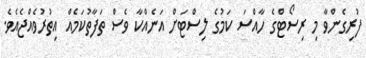
ފުރިގެންވާ މި ރިސޯޓްގެ ހާއްސަ ކަމުގެ ލިސްޓަށް އަނެއްކާ ވެސް ތަފާތުކަމެއް އިތުރުވެއްޖެއެވެ.